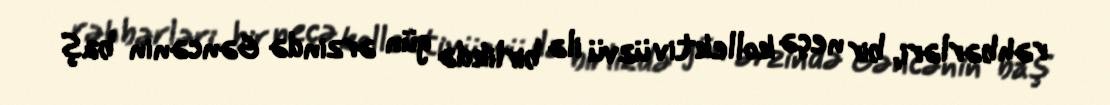
rəhbərləri, bir neçə kollektiv üzvü ilə birlikdə gün ərzində Gəncənin baş